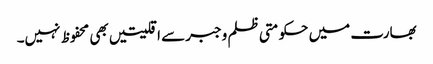
بھارت میں حکومتی ظلم وجبرسے اقلیتیں بھی محفوظ نہیں۔